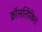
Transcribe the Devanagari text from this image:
क्रॉसलिंकित